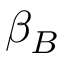
\beta _ { B }